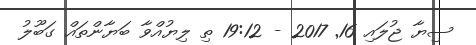
ސިޔާ ޖުލައި 16